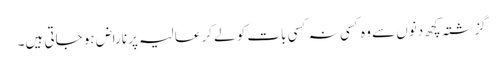
گزشتہ کچھ دنوں سے وہ کسی نہ کسی بات کو لےکر عالیہ پر ناراض ہو جاتی ہیں۔